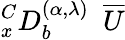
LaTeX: _{x}^{C}D_{b}^{(\alpha,{\lambda})}~~\overline{{U}}